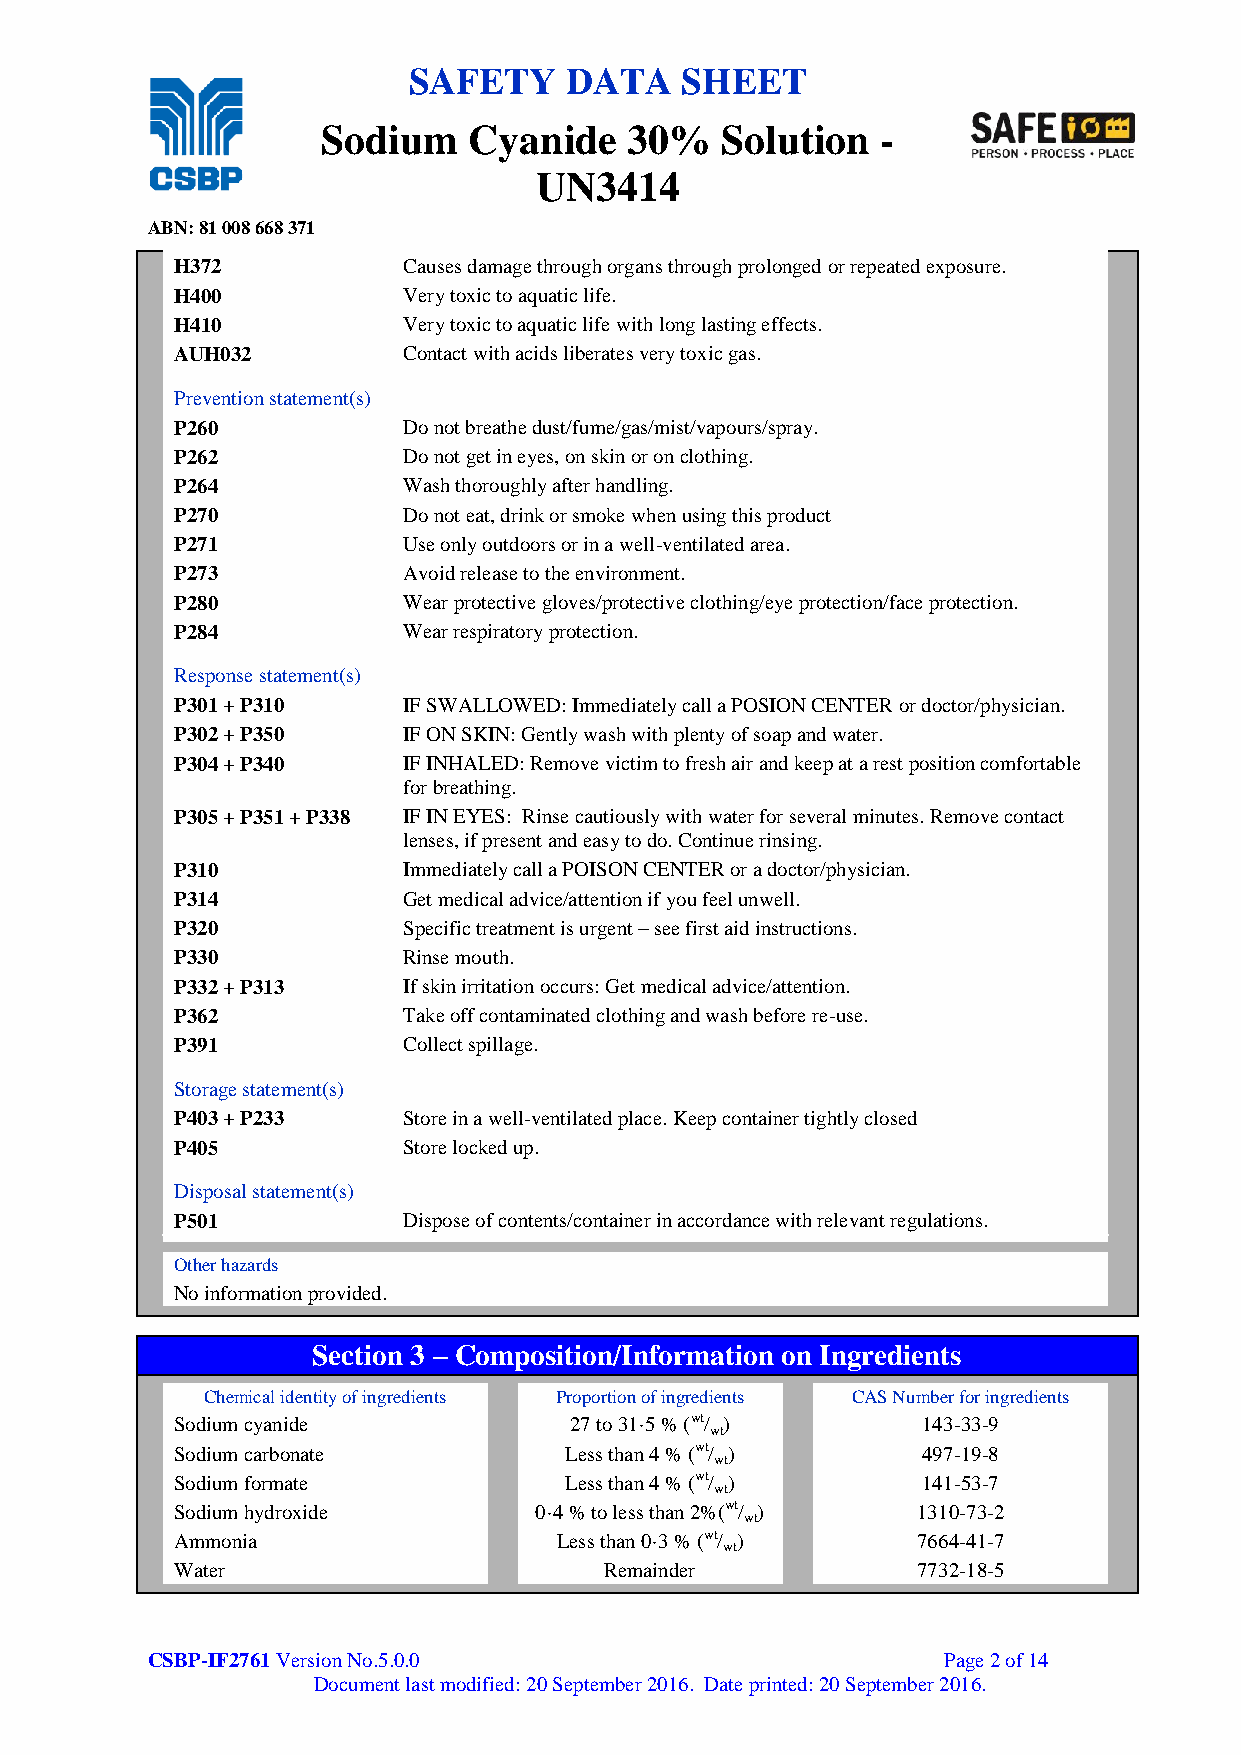
SAFETY    DATA    SHEET
 Sodium    Cyanide    30%   Solution  -
 UN3414
 ABN: 81 008 668 371
 H372           Causes damage through organs through prolonged or repeated exposure.
 H400           Very toxic to aquatic life.
 H410           Very toxic to aquatic life with long lasting effects.
 AUH032         Contact with acids liberates very toxic gas.
 Prevention statement(s)
 P260           Do not breathe dust/fume/gas/mist/vapours/spray.
 P262           Do not get in eyes, on skin or on clothing.
 P264           Wash thoroughly after handling.
 P270           Do not eat, drink or smoke when using this product
 P271           Use only outdoors or in a well-ventilated area.
 P273           Avoid release to the environment.
 P280           Wear protective gloves/protective clothing/eye protection/face protection.
 P284           Wear respiratory protection.
 Response statement(s)
 P301 + P310    IF SWALLOWED: Immediately call a POSION CENTER or doctor/physician.
 P302 + P350    IF ON SKIN: Gently wash with plenty of soap and water.
 P304 + P340    IF INHALED: Remove victim to fresh air and keep at a rest position comfortable
 for breathing.
 P305 + P351 + P338 IF IN EYES: Rinse cautiously with water for several minutes. Remove contact
 lenses, if present and easy to do. Continue rinsing.
 P310           Immediately call a POISON CENTER or a doctor/physician.
 P314           Get medical advice/attention if you feel unwell.
 P320           Specific treatment is urgent – see first aid instructions.
 P330           Rinse mouth.
 P332 + P313    If skin irritation occurs: Get medical advice/attention.
 P362           Take off contaminated clothing and wash before re-use.
 P391           Collect spillage.
 Storage statement(s)
 P403 + P233    Store in a well-ventilated place. Keep container tightly closed
 P405           Store locked up.
 Disposal statement(s)
 P501           Dispose of contents/container in accordance with relevant regulations.
 Other hazards
 No information provided.
 Section 3 – Composition/Information on Ingredients
 Chemical identity of ingredients Proportion of ingredients CAS Number for ingredients
 Sodium cyanide            27 to 31·5 % (wt/ )    143-33-9
 wt
 Sodium carbonate         Less than 4 % (wt/ )    497-19-8
 wt
 Sodium formate           Less than 4 % (wt/ )    141-53-7
 wt
 Sodium hydroxide       0·4 % to less than 2%(wt/ ) 1310-73-2
 wt
 Ammonia                  Less than 0·3 % (wt/ )  7664-41-7
 wt
 Water                       Remainder            7732-18-5
 CSBP-IF2761 Version No.5.0.0                        Page 2 of 14
 Document last modified: 20 September 2016. Date printed: 20 September 2016.